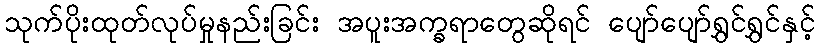
သုက်ပိုးထုတ်လုပ်မှုနည်းခြင်း အပူးအက္ခရာတွေဆိုရင် ပျော်ပျော်ရွှင်ရွှင်နှင့်